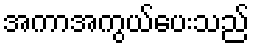
အကာအကွယ်ပေးသည်